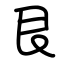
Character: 艮